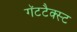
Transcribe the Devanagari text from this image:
गॅटटैक्स्ट